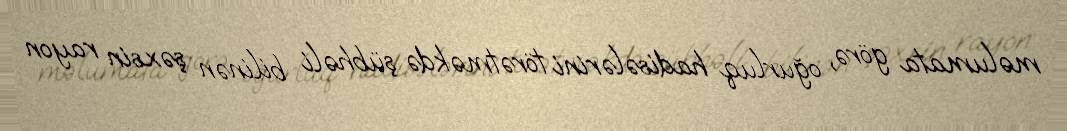
məlumata görə, oğurluq hadisələrini törətməkdə şübhəli bilinən şəxsin rayon